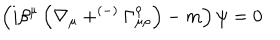
\left( i \beta ^ { \mu } \left( \nabla _ { \mu } + ^ { \left( - \right) } \Gamma _ { \mu \rho } ^ { \rho } \right) - m \right) \psi = 0